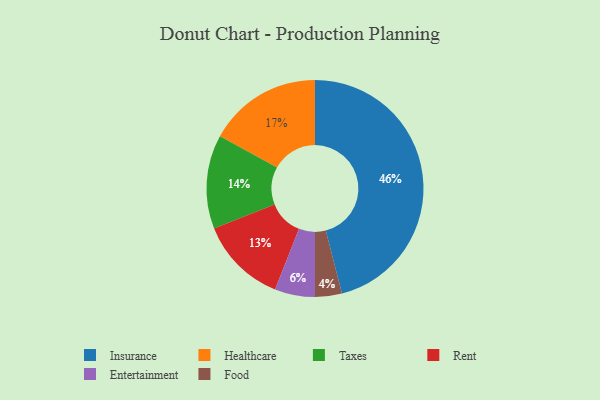
{"axis": {"x": "Category", "y": "Percentage"}, "legend": ["Entertainment", "Food", "Healthcare", "Insurance", "Rent", "Taxes"], "data": [{"x": "Rent", "y": 13, "type": "Rent"}, {"x": "Healthcare", "y": 17, "type": "Healthcare"}, {"x": "Food", "y": 4, "type": "Food"}, {"x": "Insurance", "y": 46, "type": "Insurance"}, {"x": "Taxes", "y": 14, "type": "Taxes"}, {"x": "Entertainment", "y": 6, "type": "Entertainment"}]}